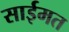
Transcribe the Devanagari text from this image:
साईमत